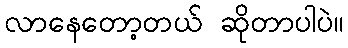
လာနေတော့တယ် ဆိုတာပါပဲ။